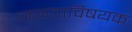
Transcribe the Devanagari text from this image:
जगताविषयक